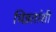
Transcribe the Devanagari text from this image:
भिन्नतांशी